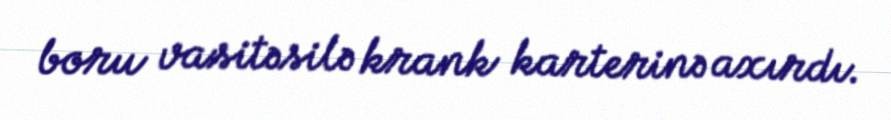
boru vasitəsilə krank karterinə axırdı.